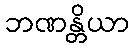
ဘဏန္တိယာ